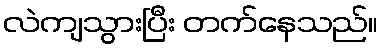
လဲကျသွားပြီး တက်နေသည်။